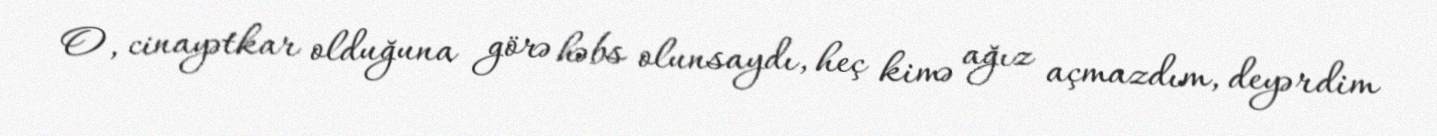
O, cinayətkar olduğuna görə həbs olunsaydı, heç kimə ağız açmazdım, deyərdim